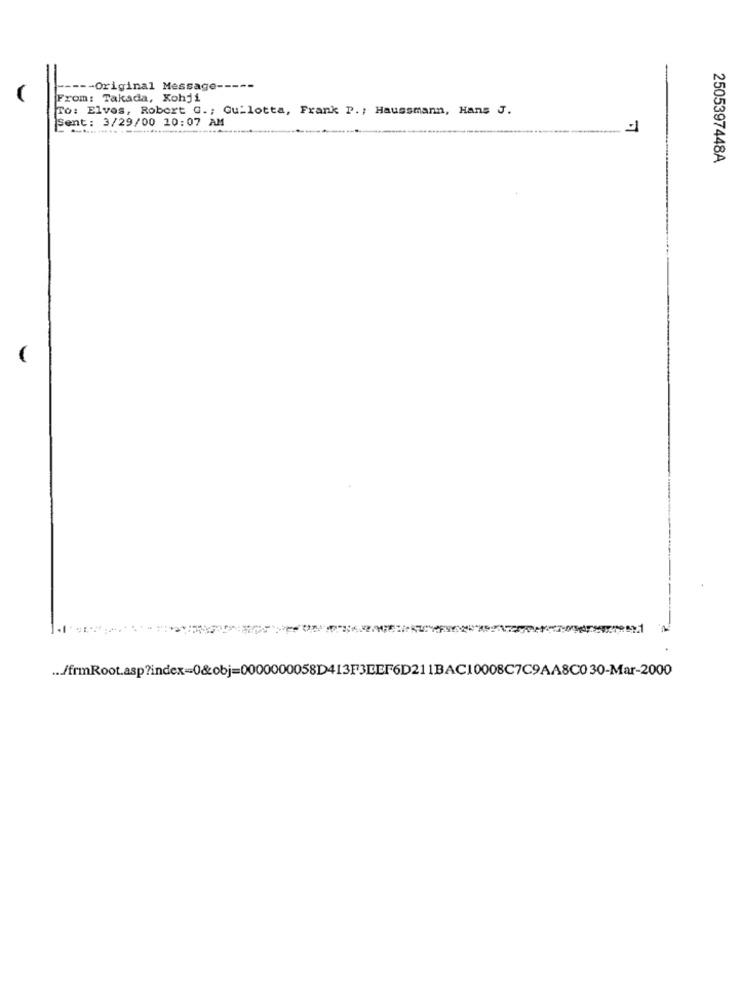
-Original Message ---
From: Takada, Kohji
To: Elves, Robert G .; Gu-lotta, Frank P .; Haussmann, Hans J.
Sent: 3/29/00 10:07 AM
2505397448A
... /frmRoot.asp?index=0&obj=0000000058D413F3EEF6D211BAC10008C7C9AA8C030-Mar-2000